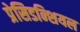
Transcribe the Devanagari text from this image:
प्रेसिडन्शियल